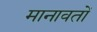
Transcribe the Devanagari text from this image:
मानावतों